Report on the working of the Ranchi Indian Mental Hospital, Kanke, in Bihar and Orissa - 1930-1940
Year: 1930
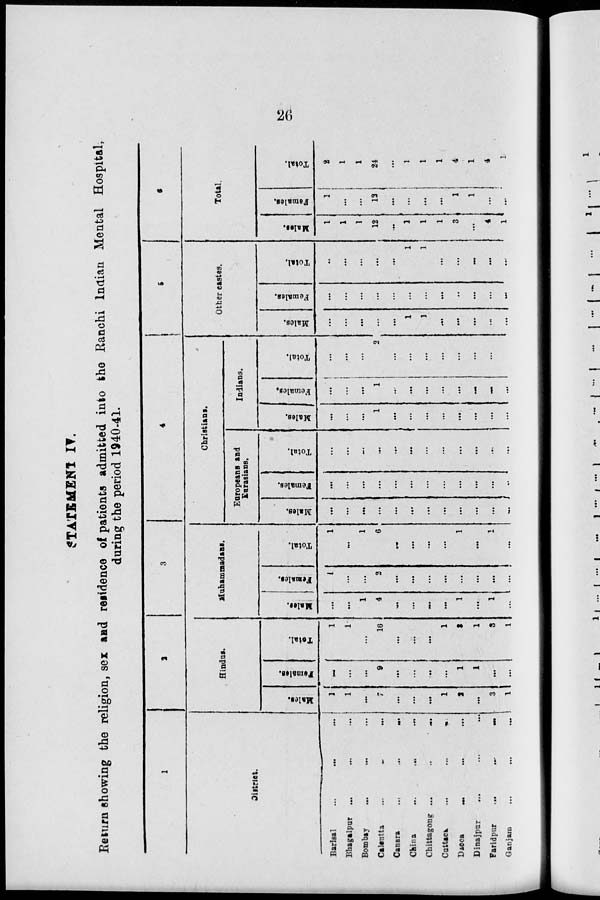
26
STATEMENT IV.
Return showing the religion, sex and residence of patients admitted into the Ranchi Indian Mental Hospital,
during the period 1940-41.
1
District.
Barisal ... ... ...
Bhagalpur ... ... ...
Bombay ... ... ...
Calcutta ... ... ...
Canara
...
...
...
China
...
...
...
Chittagong ... ... ...
Cuttack
...
...
...
Dacca ... ... ...
Dinajpur ... ... ...
Faridpur ... ... ...
Ganjam ... ... ...
2
Hindus.
Males.
1
1
...
7
...
...
...
1
2
...
3
1
Females.
...
...
...
9
...
...
...
...
1
1
...
...
Total.
1
1
...
16
...
...
...
1
3
1
3
1
3
Muhammadans.
Males.
...
...
1
4
...
...
...
...
1
...
1
...
Females.
1
...
...
2
...
...
...
...
...
...
...
...
Total.
1
...
1
6
...
...
...
...
1
...
1
...
4
Christians.
Europeans and
Eurasians.
Males.
...
...
...
...
...
...
...
...
...
...
...
...
Females.
...
...
...
...
...
...
...
...
...
...
...
..
Total.
...
...
...
...
...
...
...
...
...
...
...
...
Indians.
Males.
...
...
...
1
...
...
...
...
...
...
...
...
Females.
...
...
...
1
...
...
...
...
...
...
...
...
Total.
...
...
...
2
...
...
...
...
...
...
...
...
5
Other castes.
Males.
...
...
...
...
...
1
1
...
...
...
...
...
Females.
...
...
...
...
...
...
...
...
..
...
...
...
Total.
..
...
...
...
...
1
1
...
...
...
...
...
6
Total.
Males.
1
1
1
12
...
1
1
1
3
...
4
1
Females.
1
...
...
12
...
...
...
...
1
1
...
...
Total.
2
1
1
24
...
1
1
1
4
1
4
1